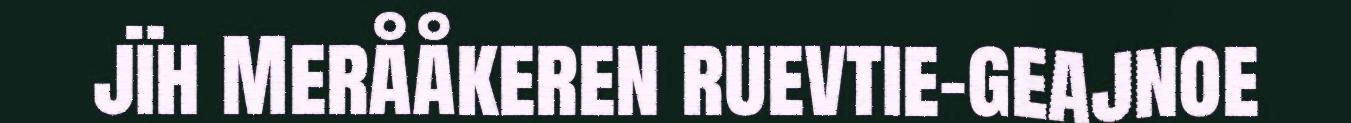
jïh Merååkeren ruevtie-geajnoe